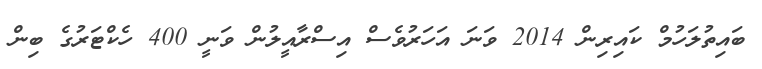
ބައިތުލަހުމް ކައިރިން 2014 ވަނަ އަހަރުވެސް އިސްރާއީލުން ވަނީ 400 ހެކްޓަރުގެ ބިން